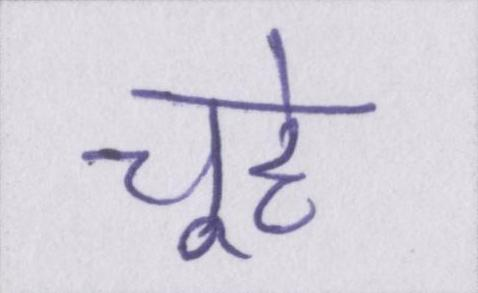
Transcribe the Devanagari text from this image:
चूहे